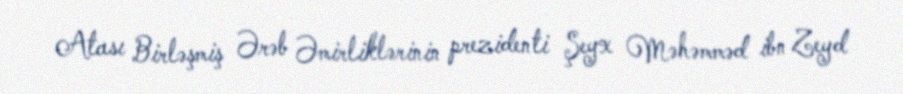
Atası Birləşmiş Ərəb Əmirliklərinin prezidenti Şeyx Məhəmməd ibn Zeyd